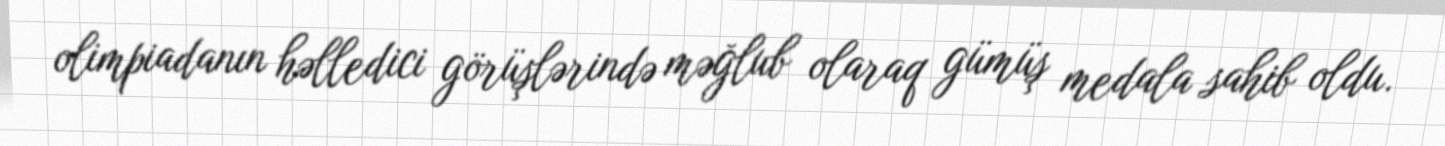
olimpiadanın həlledici görüşlərində məğlub olaraq gümüş medala sahib oldu.